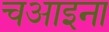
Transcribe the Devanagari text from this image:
चआइना